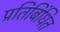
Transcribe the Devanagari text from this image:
प्रतिबिंधित